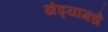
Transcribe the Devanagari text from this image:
खेड्यामधे